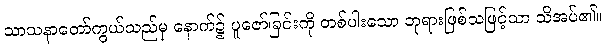
သာသနာတော်ကွယ်သည်မှ နောက်၌ ပူဇော်ခြင်းကို တစ်ပါးသော ဘုရားဖြစ်သဖြင့်သာ သိအပ်၏။